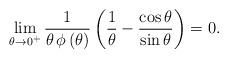
LaTeX: \begin{align*}\lim_{\theta\rightarrow 0^{+}}\frac{1}{\theta\,\phi\left(\theta\right)}\left(\frac{1}{\theta}-\frac{\cos{\theta}}{\sin{\theta}} \right)=0.\end{align*}